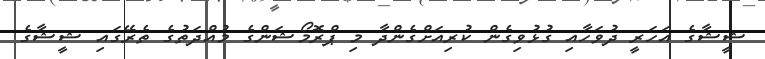
ޝީޝާގެ އަހަރީ ދުވަހާއި ގުޅުވިގެން ކުރިއަށްގެންދާ މި ޕްރޮމޯޝަންގެ މުއްދަތުގެ ތެރޭގައި ޝީޝާގެ